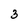
Character: 3